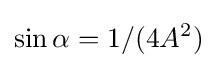
\sin \alpha =1/(4A^{2})